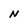
Character: N